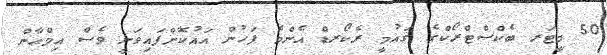
50 މީޓަރ ބެކްސްޓްރޯކްގެ ޤައުމީ ރެކޯރޑް އެންމެ ފަހުން އައުކޮށްފައިވަނީ ވެސް އިމްޢާން